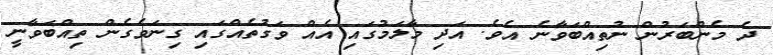
ދެ މެންބަރުން ނުތިއްބަވާނެ އެވެ. އަދި މާލަމުގައި އެއް ވަގުތެއްގައި ގިނަވެގެން ތިއްބަވާނީ